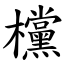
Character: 欓